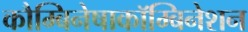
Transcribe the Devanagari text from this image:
कौम्बिनेषाकॉम्बिनेशन